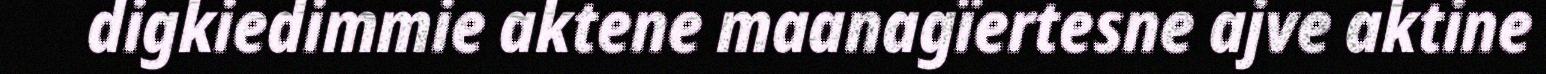
digkiedimmie aktene maanagïertesne ajve aktine